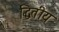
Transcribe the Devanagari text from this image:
द्धितीय